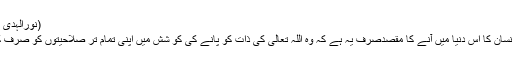
(نورالہدیٰ کلاں)
گویا انسان کا اس دنیا میں آنے کا مقصدصرف یہ ہے کہ وہ اللہ تعالیٰ کی ذات کو پانے کی کو شش میں اپنی تمام تر صلاحیتوں کو صرف کرے۔